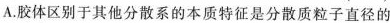
A.胶体区别于其他分散系的本质特征是分散质粒子直径的